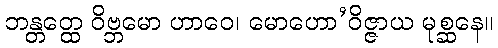
ဘန္တတ္ထေ ဝိဗ္ဘမော ဟာဝေ၊ မောဟော’ဝိဇ္ဇာယ မုစ္ဆနေ။